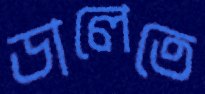
ডালেতে